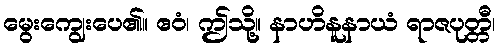
မွေးကျွေးပေ၏။ ဧဝံ၊ ဤသို့။ နာဟိနူနာယံ ရာဇပုတ္တီ၊